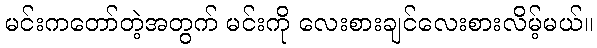
မင်းကတော်တဲ့အတွက် မင်းကို လေးစားချင်လေးစားလိမ့်မယ်။